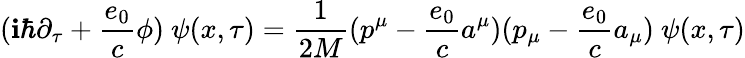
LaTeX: (\mathbf{i}\hbar\partial_{\tau}+\frac{{e_{0}}}{{c}}\phi)\ \psi(x,\tau)=\frac{{1}}{{2M}}(p^{\mu}-\frac{{e_{0}}}{{c}}a^{\mu})(p_{\mu}-\frac{{e_{0}}}{{c}}a_{\mu})\ \psi(x,\tau)